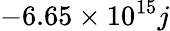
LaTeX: -6.65\times 10^{15}j